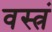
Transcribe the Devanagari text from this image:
वस्त्रं